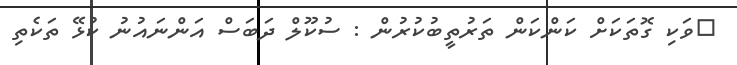
ވަކި ގޮތަކަށް ކަންކަން ތަރުތީބުކުރުން : ސުކޫލް ދަބަސް އަންނައުނު ކުޅޭ ތަކެތި